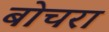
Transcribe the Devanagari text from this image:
बोचरा